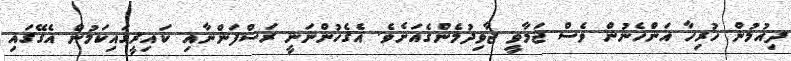
ދިއުމުން ހުރިހާ އަންހެނުން ވެސް ޖަމާވީ ޖާވިދުމެންގެއަށެވެ. އެގެހުންނަނީ ރަސްފަންނާއި ކައިރީގައިކަމުން އެގޭގައި